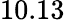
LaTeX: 10.13